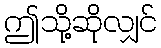
ဤသို့ဆိုလျှင်